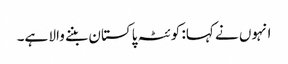
انہوں نے کہا: کوئٹہ پاکستان بننے والا ہے۔